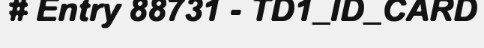
# Entry 88731 - TD1_ID_CARD